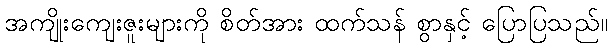
အကျိုးကျေးဇူးများကို စိတ်အား ထက်သန် စွာနှင့် ပြောပြသည်။